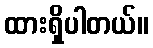
ထားရှိပါတယ်။